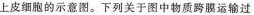
上皮细胞的示意图。下列关于图中物质跨膜运输过